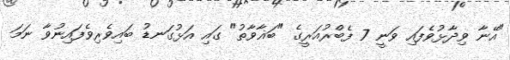
"އޭނާ ވިދާޅުވެފައި ވަނީ 7 ފެބްރުއަރީގެ "ބަޣާވާތު" ގައި އަޅުގަނޑު ބައިވެރިވެފައިނުވާ ނަމަ